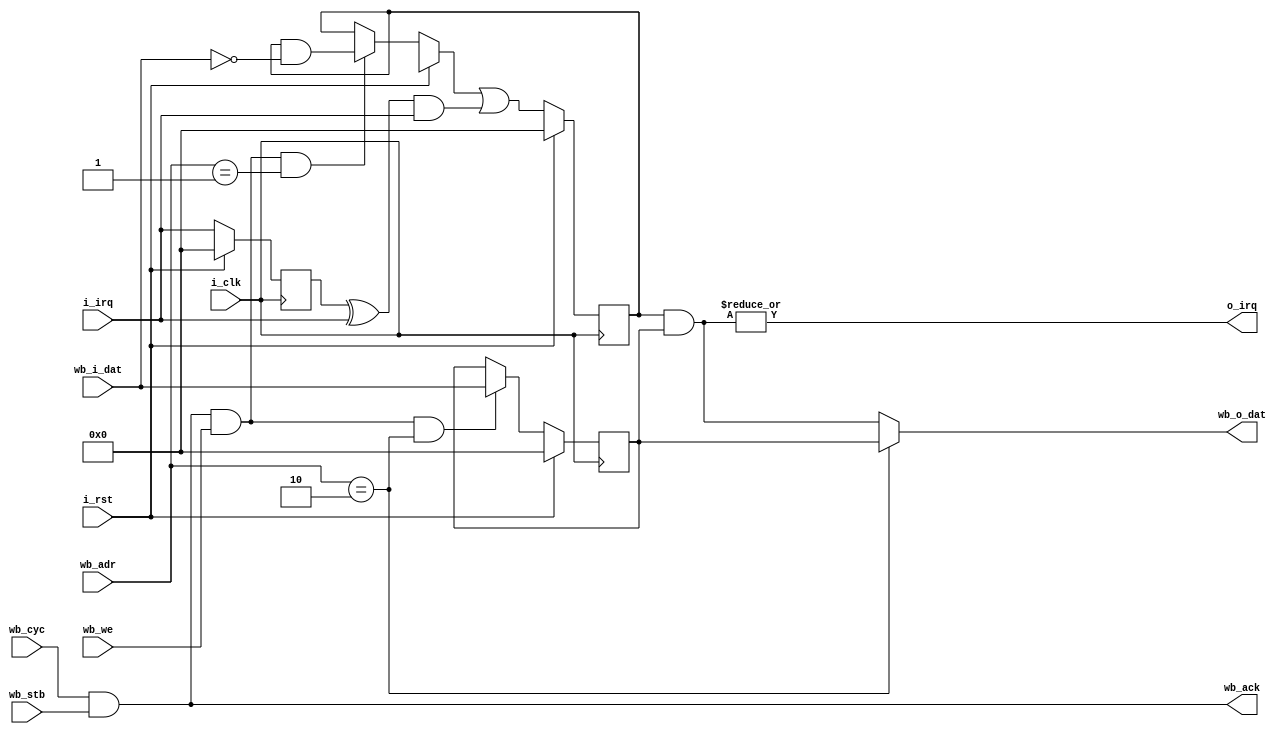
module irq_ctrl (
    input i_clk,
    input i_rst,

    output o_irq,

    input [15:0] i_irq,

    input wb_cyc, wb_stb, wb_we,
    output wb_ack,
    input [23:0] wb_adr,
    input [15:0] wb_i_dat,
    output [15:0] wb_o_dat
);

assign o_irq = |(irq_active & irq_mask);

reg [15:0] irq_active;
reg [15:0] irq_mask;

always @(posedge i_clk) begin
    if (i_rst) begin
        irq_active = 16'b0;
        irq_mask = 16'h0000;
    end else begin
        if (wb_cyc & wb_stb & wb_we & wb_adr == 24'b1)
            irq_active = irq_active & ~wb_i_dat;
        if (wb_cyc & wb_stb & wb_we & wb_adr == 24'b10)
            irq_mask = wb_i_dat;
        
        irq_active = irq_active | ((prev_i_irq ^ i_irq) & i_irq);
    end
end

reg [15:0] prev_i_irq;
always @(posedge i_clk) begin
    if (i_rst)
        prev_i_irq <= 16'b0;
    else
        prev_i_irq <= i_irq;
end

assign wb_ack = wb_cyc & wb_stb;
assign wb_o_dat = (wb_adr == 24'b10 ? irq_mask : irq_active & irq_mask); 

endmodule